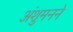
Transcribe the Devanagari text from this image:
अंशुमनने